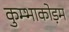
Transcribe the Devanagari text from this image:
कुम्भाकोड़म